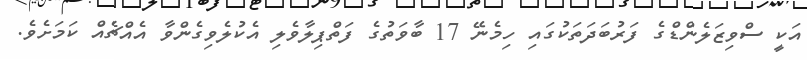
އަކީ ސްވިޒަލެންޑްގެ ފަރުބަދަތަކުގައި ހިމެނޭ 17 ބާވަތުގެ ފަތްޕިލާވެލި އެކުލެވިގެންވާ އެއްޗެއް ކަމަށެވެ.